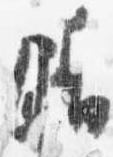
晴